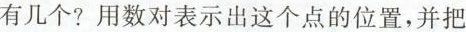
有几个?用数对表示出这个点的位置，并把